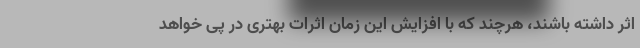
اثر داشته باشند، هرچند که با افزایش این زمان اثرات بهتری در پی خواهد